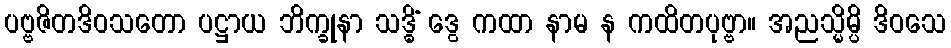
ပဗ္ဗဇိတဒိဝသတော ပဋ္ဌာယ ဘိက္ခုနာ သဒ္ဓိံ ဒွေ ကထာ နာမ န ကထိတပုဗ္ဗာ။ အညသ္မိမ္ပိ ဒိဝသေ